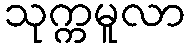
သုက္ကမူလာ